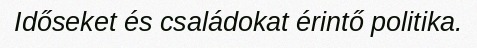
Időseket és családokat érintő politika.